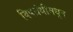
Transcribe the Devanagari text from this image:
विषग्रंथीमधून